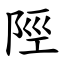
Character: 陘